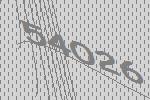
54026